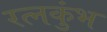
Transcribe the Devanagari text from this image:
रत्नकुंभ